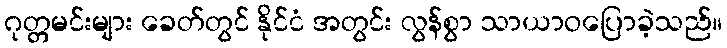
ဂုတ္တမင်းများ ခေတ်တွင် နိုင်ငံ အတွင်း လွန်စွာ သာယာဝပြောခဲ့သည်။